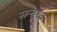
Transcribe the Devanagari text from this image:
सन्तूश्थ